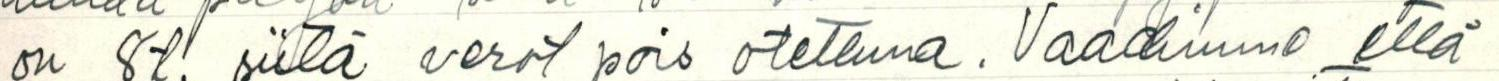
on 8t. siitä verot pois otettuna. Vaadimme että